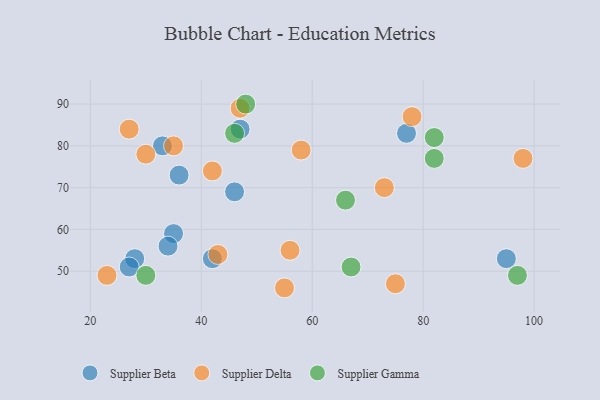
{"axis": {"x": "GDP", "y": "Life Expectancy"}, "legend": ["Supplier Beta", "Supplier Delta", "Supplier Gamma"], "data": [{"x": "46", "y": 69, "type": "Supplier Beta"}, {"x": "28", "y": 53, "type": "Supplier Beta"}, {"x": "95", "y": 53, "type": "Supplier Beta"}, {"x": "42", "y": 53, "type": "Supplier Beta"}, {"x": "35", "y": 59, "type": "Supplier Beta"}, {"x": "27", "y": 51, "type": "Supplier Beta"}, {"x": "33", "y": 80, "type": "Supplier Beta"}, {"x": "34", "y": 56, "type": "Supplier Beta"}, {"x": "36", "y": 73, "type": "Supplier Beta"}, {"x": "47", "y": 84, "type": "Supplier Beta"}, {"x": "77", "y": 83, "type": "Supplier Beta"}, {"x": "30", "y": 78, "type": "Supplier Delta"}, {"x": "58", "y": 79, "type": "Supplier Delta"}, {"x": "27", "y": 84, "type": "Supplier Delta"}, {"x": "78", "y": 87, "type": "Supplier Delta"}, {"x": "35", "y": 80, "type": "Supplier Delta"}, {"x": "23", "y": 49, "type": "Supplier Delta"}, {"x": "43", "y": 54, "type": "Supplier Delta"}, {"x": "73", "y": 70, "type": "Supplier Delta"}, {"x": "55", "y": 46, "type": "Supplier Delta"}, {"x": "98", "y": 77, "type": "Supplier Delta"}, {"x": "75", "y": 47, "type": "Supplier Delta"}, {"x": "42", "y": 74, "type": "Supplier Delta"}, {"x": "56", "y": 55, "type": "Supplier Delta"}, {"x": "47", "y": 89, "type": "Supplier Delta"}, {"x": "48", "y": 90, "type": "Supplier Gamma"}, {"x": "82", "y": 82, "type": "Supplier Gamma"}, {"x": "46", "y": 83, "type": "Supplier Gamma"}, {"x": "66", "y": 67, "type": "Supplier Gamma"}, {"x": "82", "y": 77, "type": "Supplier Gamma"}, {"x": "30", "y": 49, "type": "Supplier Gamma"}, {"x": "67", "y": 51, "type": "Supplier Gamma"}, {"x": "97", "y": 49, "type": "Supplier Gamma"}]}